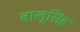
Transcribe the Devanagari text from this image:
बालूसिंह